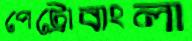
পেট্রোবাংলা